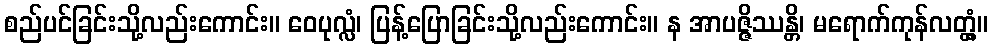
စည်ပင်ခြင်းသို့လည်းကောင်း။ ဝေပုလ္လံ၊ ပြန့်ပြောခြင်းသို့လည်းကောင်း။ န အာပဇ္ဇိဿန္တိ၊ မရောက်ကုန်လတ္တံ့။